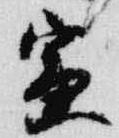
寅